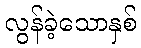
လွန်ခဲ့သောနှစ်